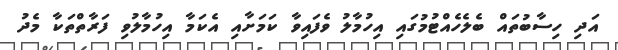
އަދި ހިސާބުތައް ބެލެހެއްޓުމުގައި އިހުމާލު ވެފައިވާ ކަމަށާއި އެކަމާ އިހުމާލުވި ފަރާތްތަކާ މެދު